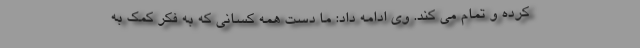
کرده و تمام می کند. وی ادامه داد: ما دست همه کسانی که به فکر کمک به